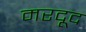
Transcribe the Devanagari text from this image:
मरदूद